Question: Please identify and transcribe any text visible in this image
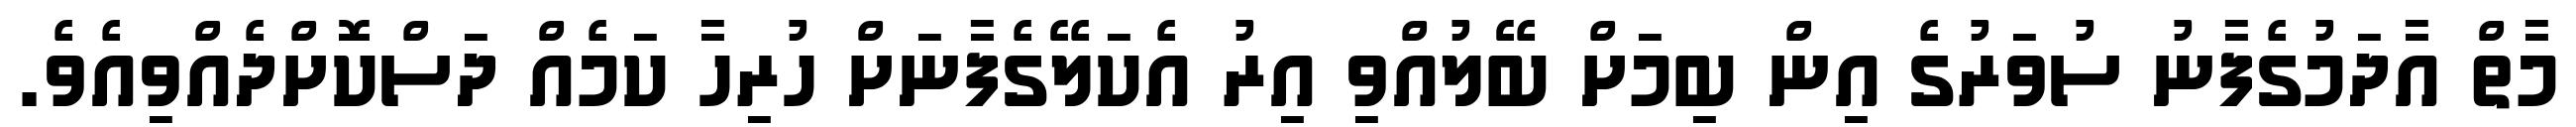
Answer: މާތް އާދަމުގެފާނު ސުވަރުގެ އިން ބިމަށް ބޭލުއްވި އިރު އެކަލޭގެފާނަށް ހުރިހާ ކަމެއް ދަސްކޮށްދެއްވިއެވެ.